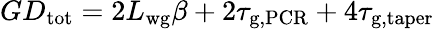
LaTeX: GD_{\mathrm{tot}}=2L_{\mathrm{wg}}\beta+2\tau_{\mathrm{g,PCR}}+4\tau_{\mathrm{g,taper}}